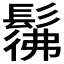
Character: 𩭬